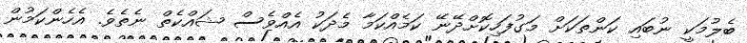
ބެލުމަކީ ނުބައި ކަންތަކަށް މަގުފަހިކޮށްދޭނޭ ކަމެއްކަމާ މެދަކު އެއްވެސް ޝައްކެތް ނެތެވެ. އެހެންކަމުން